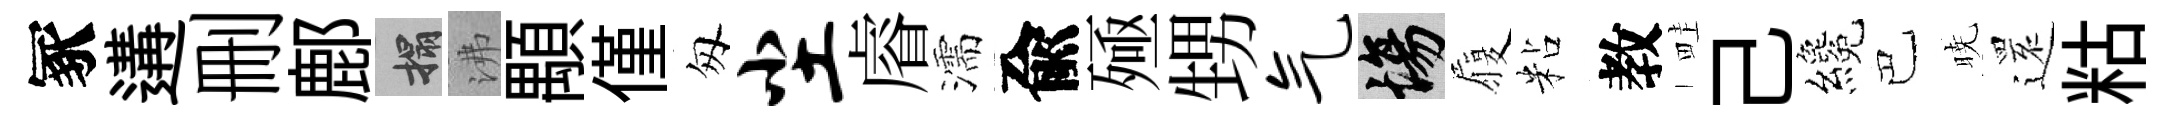
冢遘删鄜搨沸顒僅匆尘𥈠濡兪殛甥气場履粘教畦己纔巴暁𮟃䊀